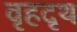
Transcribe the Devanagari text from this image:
वृहदृथ